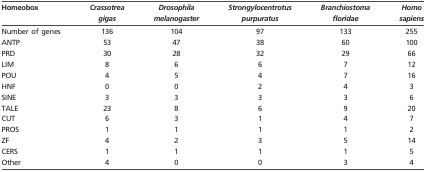
<table><thead><tr><td><b>Homeobox</b></td><td><b><i>Crassotrea gigas</i></b></td><td><b><i>Drosophila melanogaster</i></b></td><td><b><i>Strongylocentrotus purpuratus</i></b></td><td><b><i>Branchiostoma floridae</i></b></td><td><b><i>Homo sapiens</i></b></td></tr></thead><tbody><tr><td>Number of genes</td><td>136</td><td>104</td><td>97</td><td>133</td><td>255</td></tr><tr><td>ANTP</td><td>53</td><td>47</td><td>38</td><td>60</td><td>100</td></tr><tr><td>PRD</td><td>30</td><td>28</td><td>32</td><td>29</td><td>66</td></tr><tr><td>LIM</td><td>8</td><td>6</td><td>6</td><td>7</td><td>12</td></tr><tr><td>POU</td><td>4</td><td>5</td><td>4</td><td>7</td><td>16</td></tr><tr><td>HNF</td><td>0</td><td>0</td><td>2</td><td>4</td><td>3</td></tr><tr><td>SINE</td><td>3</td><td>3</td><td>3</td><td>3</td><td>6</td></tr><tr><td>TALE</td><td>23</td><td>8</td><td>6</td><td>9</td><td>20</td></tr><tr><td>CUT</td><td>6</td><td>3</td><td>1</td><td>4</td><td>7</td></tr><tr><td>PROS</td><td>1</td><td>1</td><td>1</td><td>1</td><td>2</td></tr><tr><td>ZF</td><td>4</td><td>2</td><td>3</td><td>5</td><td>14</td></tr><tr><td>CERS</td><td>1</td><td>1</td><td>1</td><td>1</td><td>5</td></tr><tr><td>Other</td><td>4</td><td>0</td><td>0</td><td>3</td><td>4</td></tr></tbody></table>